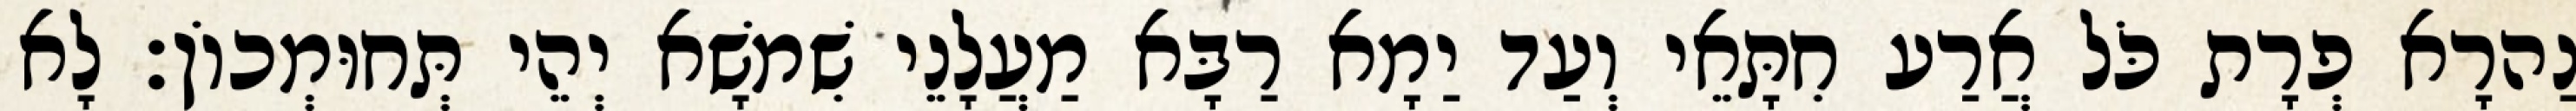
נַהרָא פְרָת כֹּל אֲרַע חִתָּאֵי וְעַד יַמָא רַבָּא מַעֲלָנֵי שִׁמשָׁא יְהֵי תְּחוּמְכוֹן׃ לָא